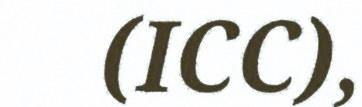
(ICC),